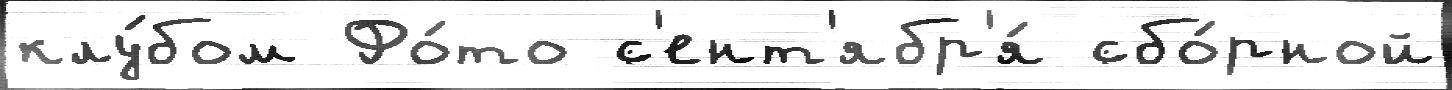
клу́бом Фо́то с'ент'ябр'я́ сбо́рной